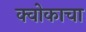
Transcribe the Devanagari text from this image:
क्वोकाचा